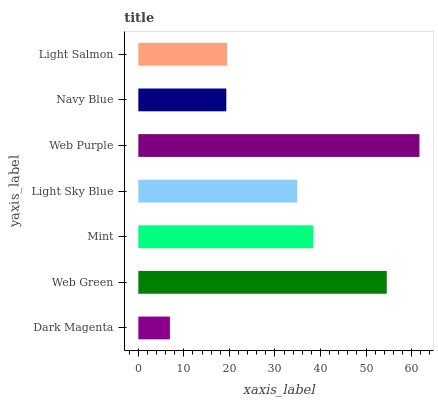
| yaxis_label | bars |
 | --- | --- |
 | Dark Magenta | 6.94 |
 | Web Green | 54.6 |
 | Mint | 38.4 |
 | Light Sky Blue | 34.9 |
 | Web Purple | 61.7 |
 | Navy Blue | 19.3 |
 | Light Salmon | 19.5 |